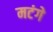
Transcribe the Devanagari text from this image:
मटंगे